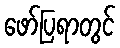
ဖော်ပြရာတွင်